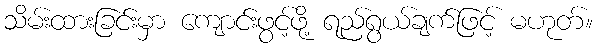
သိမ်းထားခြင်းမှာ ကျောင်းဖွင့်ဖို့ ရည်ရွယ်ချက်ဖြင့် မဟုတ်။